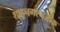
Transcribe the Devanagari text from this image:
शाहूनगरनजीक